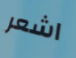
اشعر